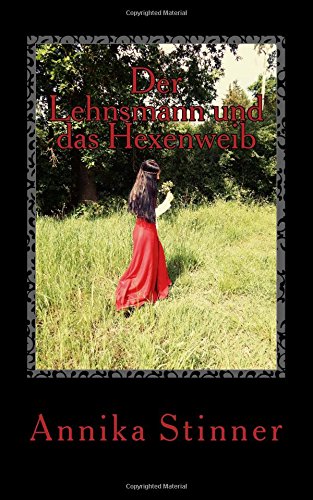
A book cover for Der Lehnsmann und das Hexenweib (German Edition); Annika Stinner; Literature & Fiction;